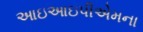
આઇઆઇપીએમના